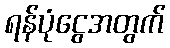
ရန်ပုံငွေအတွက်